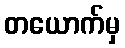
တယောက်မှ